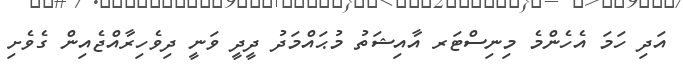
އަދި ހަމަ އެހެންމެ މިނިސްޓަރ އާއިޝަތު މުޙައްމަދު ދީދީ ވަނީ ދިވެހިރާއްޖެއިން ގެވެށި